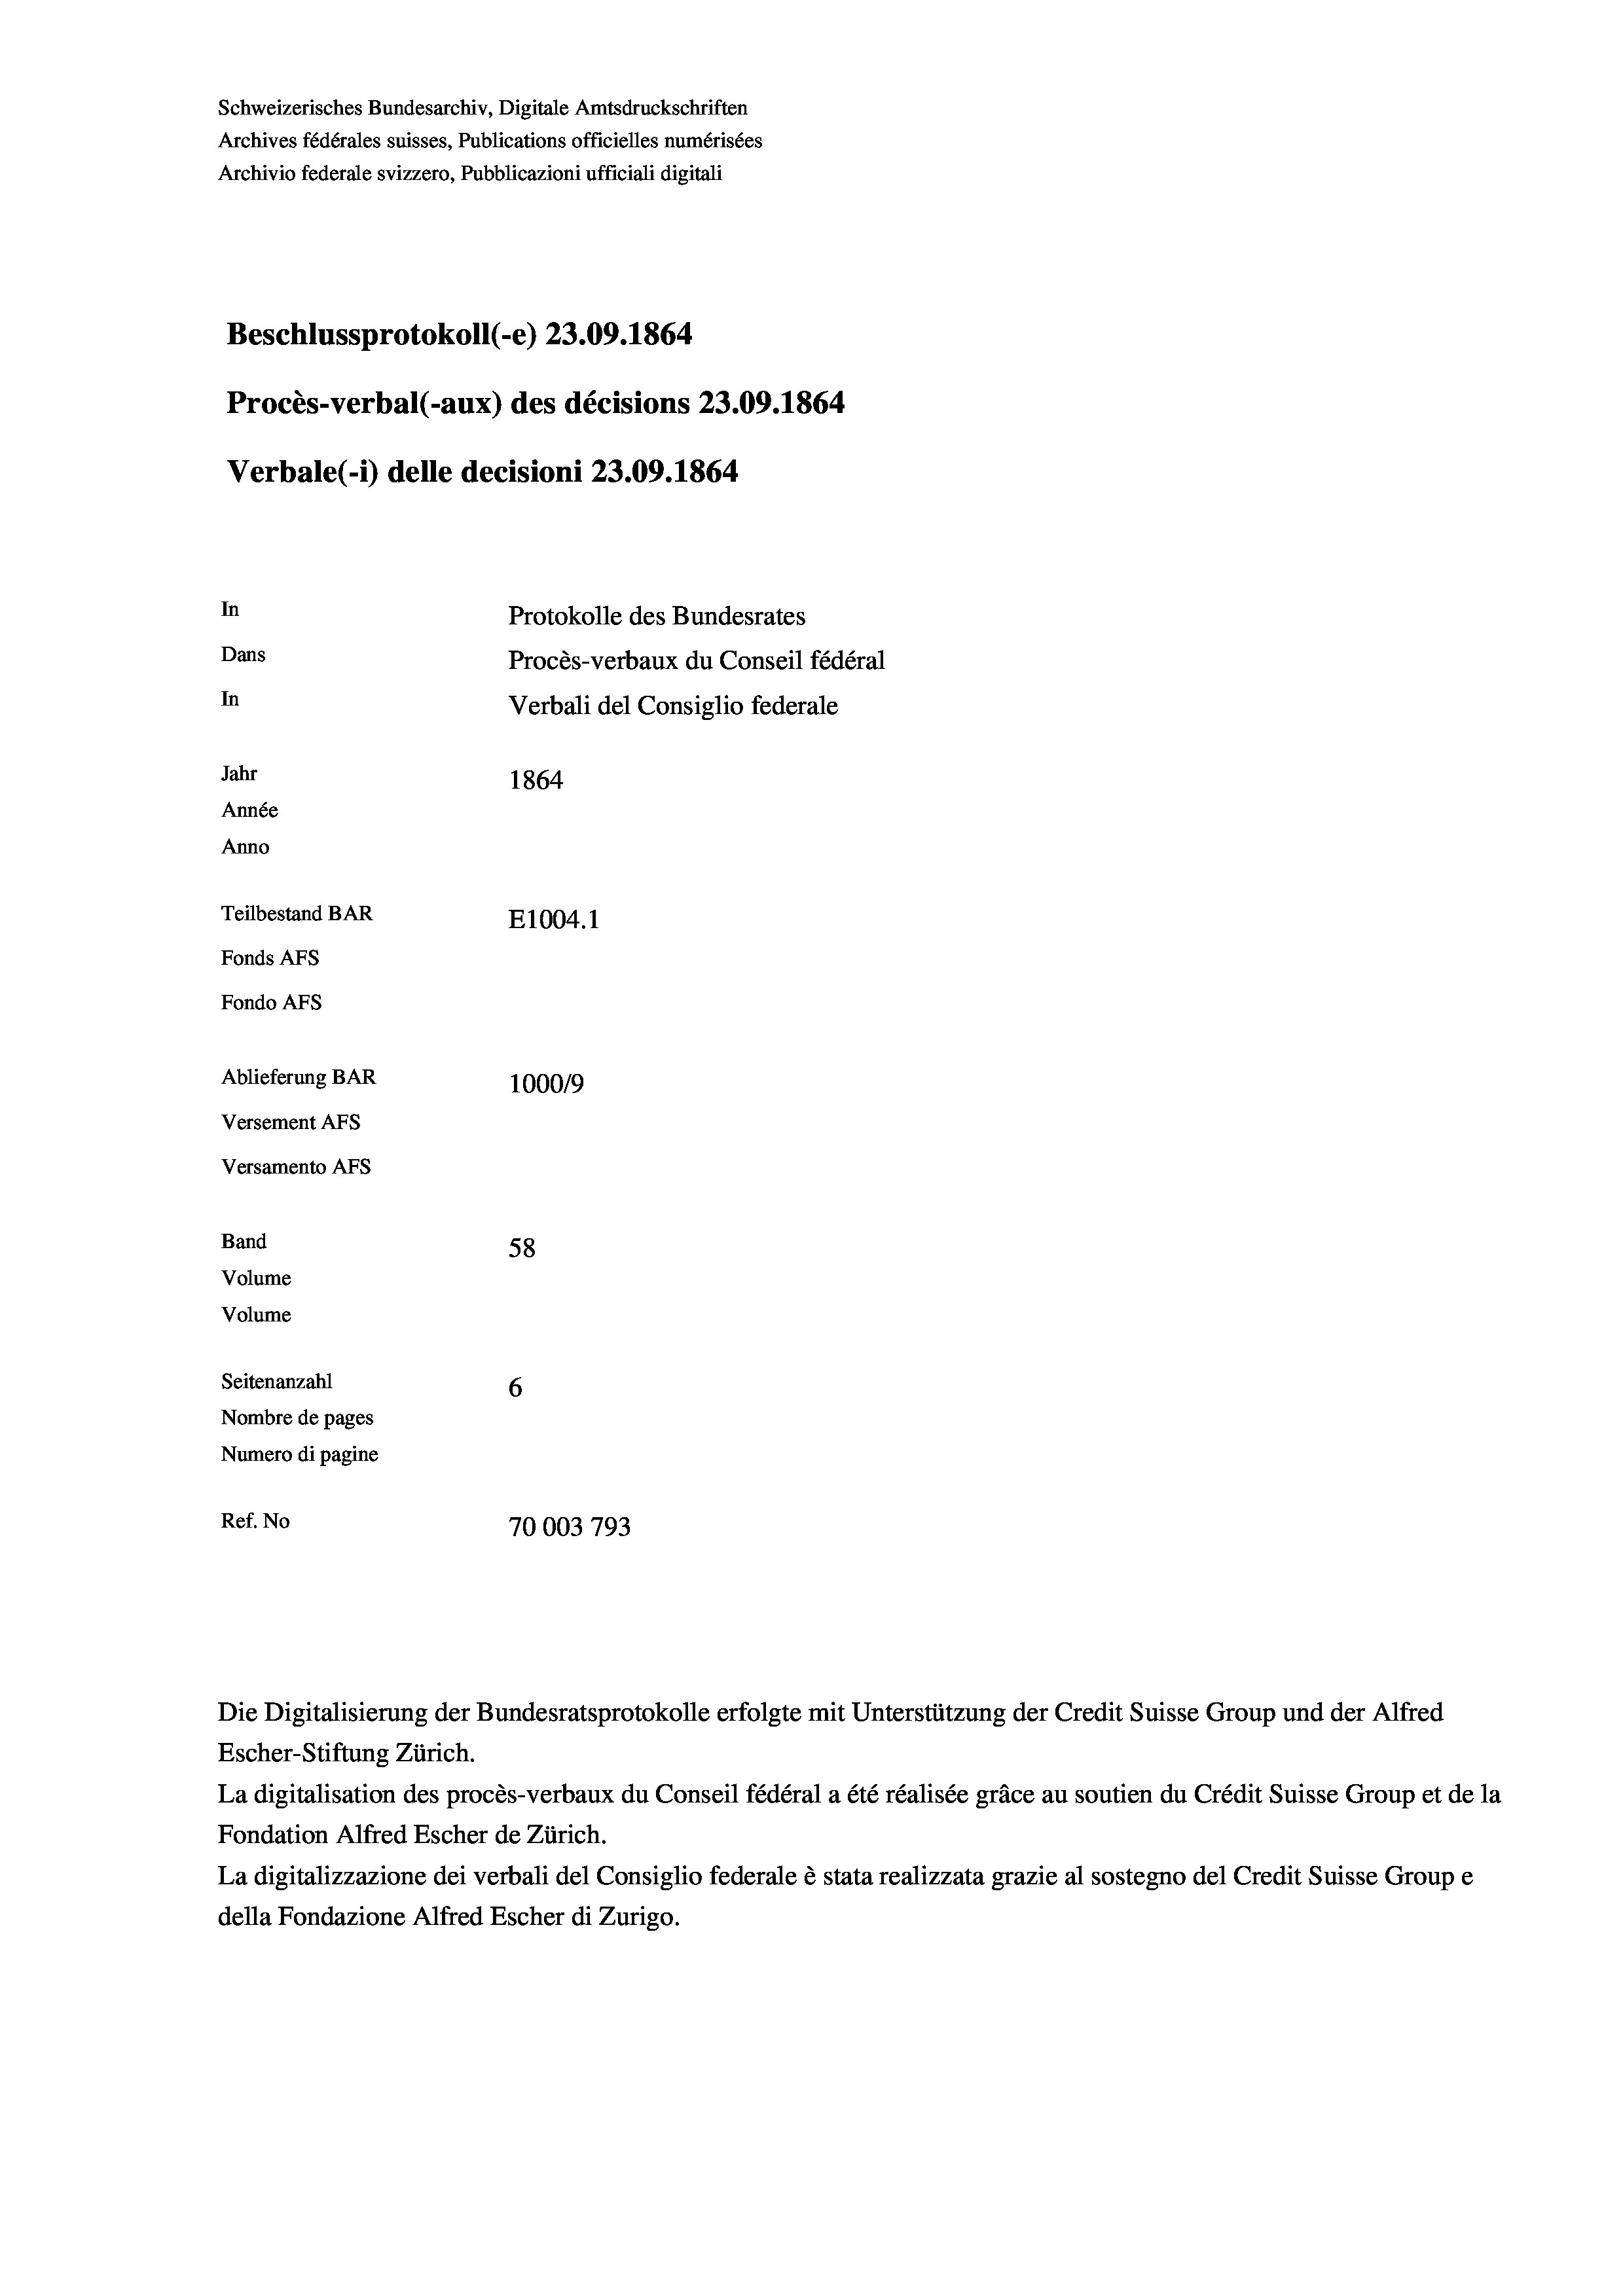
Schweizerisches Bundesarchiv, Digitale Amtsdruckschriften
Archives fédérales suisses, Publications officielles numérisées
Archivio federale svizzero, Pubblicazioni ufficiali digitali
Beschlussprotokoll (-e) 23.09. 1864
Procès-verbal (-aux) des décisions 23.09. 1864
Verbale (-*) delle decisioni 23.09. 1864
In
Protokolle des Bundesrates
Dans
Procès-verbaux du Conseil fédéral
In
Verbali del Consiglio federale
Jahr
1864
Année
Anno
Teilbestand BAR
E1004.1
Fonds AFs
Fondo AFs
Ablieferung BAR
100019
Versement AFs
Versamento AFs

58
Seitenanzahl
6
Nombre de pages
Numero di pagine
Ref. No
70003 793

Band
Volume
Volume

Escher-Stiftung Zürich.
La digitalisation des procès-verbaux du Conseil fédéral a été réalisée gräce au soutien du Crédit Suisse Group et de la
Fondation Alfred Escher de Zürich.
La digitalizzazione dei verbali del Consiglio federale è stata realizzata grazie al sostegno del Credit Suisse Groupe
della Fondazione Alfred Escher di Zurigo.

Die Digitalisierung der Bundesratsprotokolle erfolgte mit Unterstützung der Credit Suisse Group und der Alfred